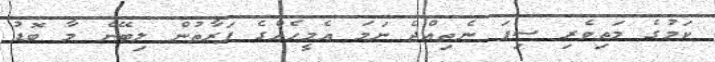
ކަމުގެ މަތިވެރި ސިފަ ނެތިއްޖެ ނަމަ އެމީހެއްގެ ފަރާތުން ލިބޭނެ މާ ބޮޑު